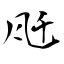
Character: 瓩